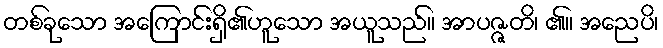
တစ်ခုသော အကြောင်းရှိ၏ဟူသော အယူသည်။ အာပဇ္ဇတိ၊ ၏။ အညေပိ၊